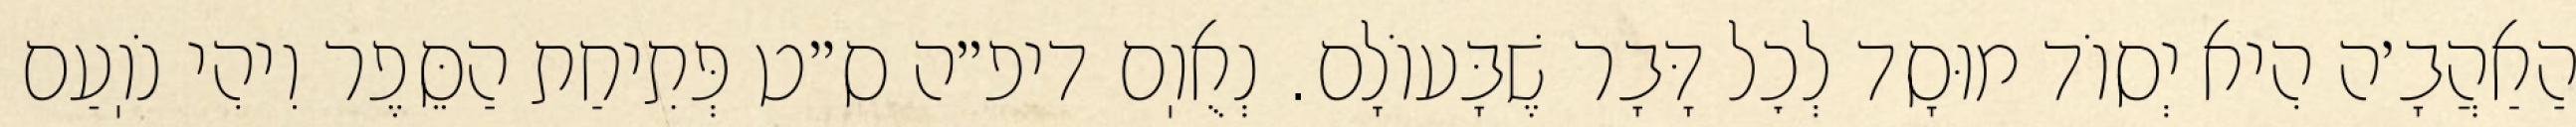
הַאַהֲבָ׳ה הִיא יְסוֹד מוּסָד לְכׇל דָּבָר שֶׁבָּעוֹלָם. נְאֻוֽם דיפ״ה ס״ט פְּתִיחַת הַסֵּפֶר וִיהִי נֹוֽעַם